Civil Veterinary Department Bihar & Orissa reports 1929-36 - 1929-1936
Year: 1929
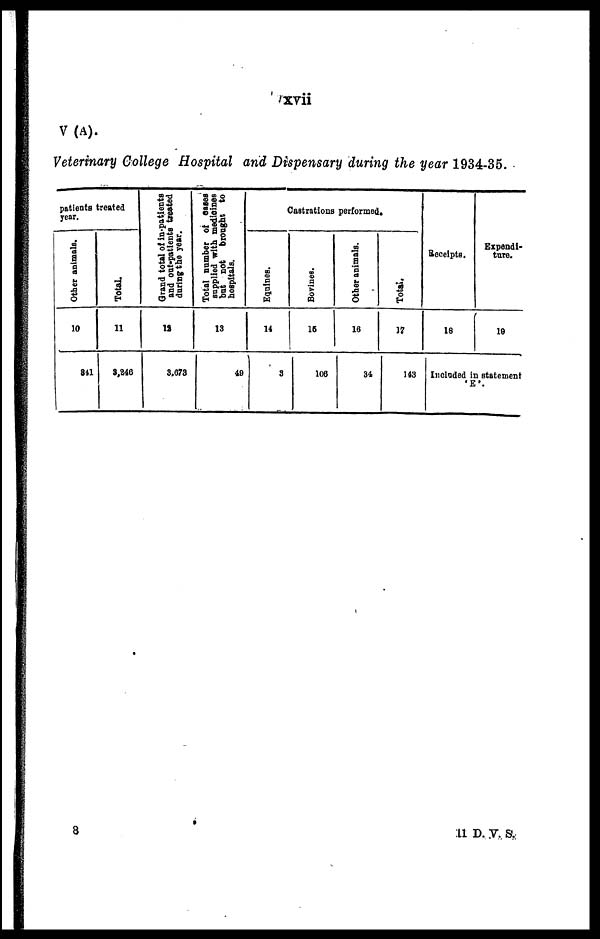
xvii
V (A).
Veterinary College Hospital and Dispensary during the year 1934-35.
patients treated
year.
Other animals.
10
811
Total.
11
3,246
Grand total of in-patients
and out-patients treated
during the year.
12
8,678
Total number of cases
supplied with medicines
but
not brought to
hospitals.
18
49
Castrations performed.
Equines.
14
3
Bovines.
16
106
Other animals.
16
34
Total.
17
143
Receipts.
18
Expendi-
ture.
19
Included in statement
'E'.
11 d. v. s.